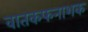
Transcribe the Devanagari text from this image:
वातकफनाशक